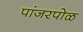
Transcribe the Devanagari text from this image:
पांजरपोळ